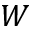
W